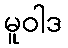
မူဝါဒ